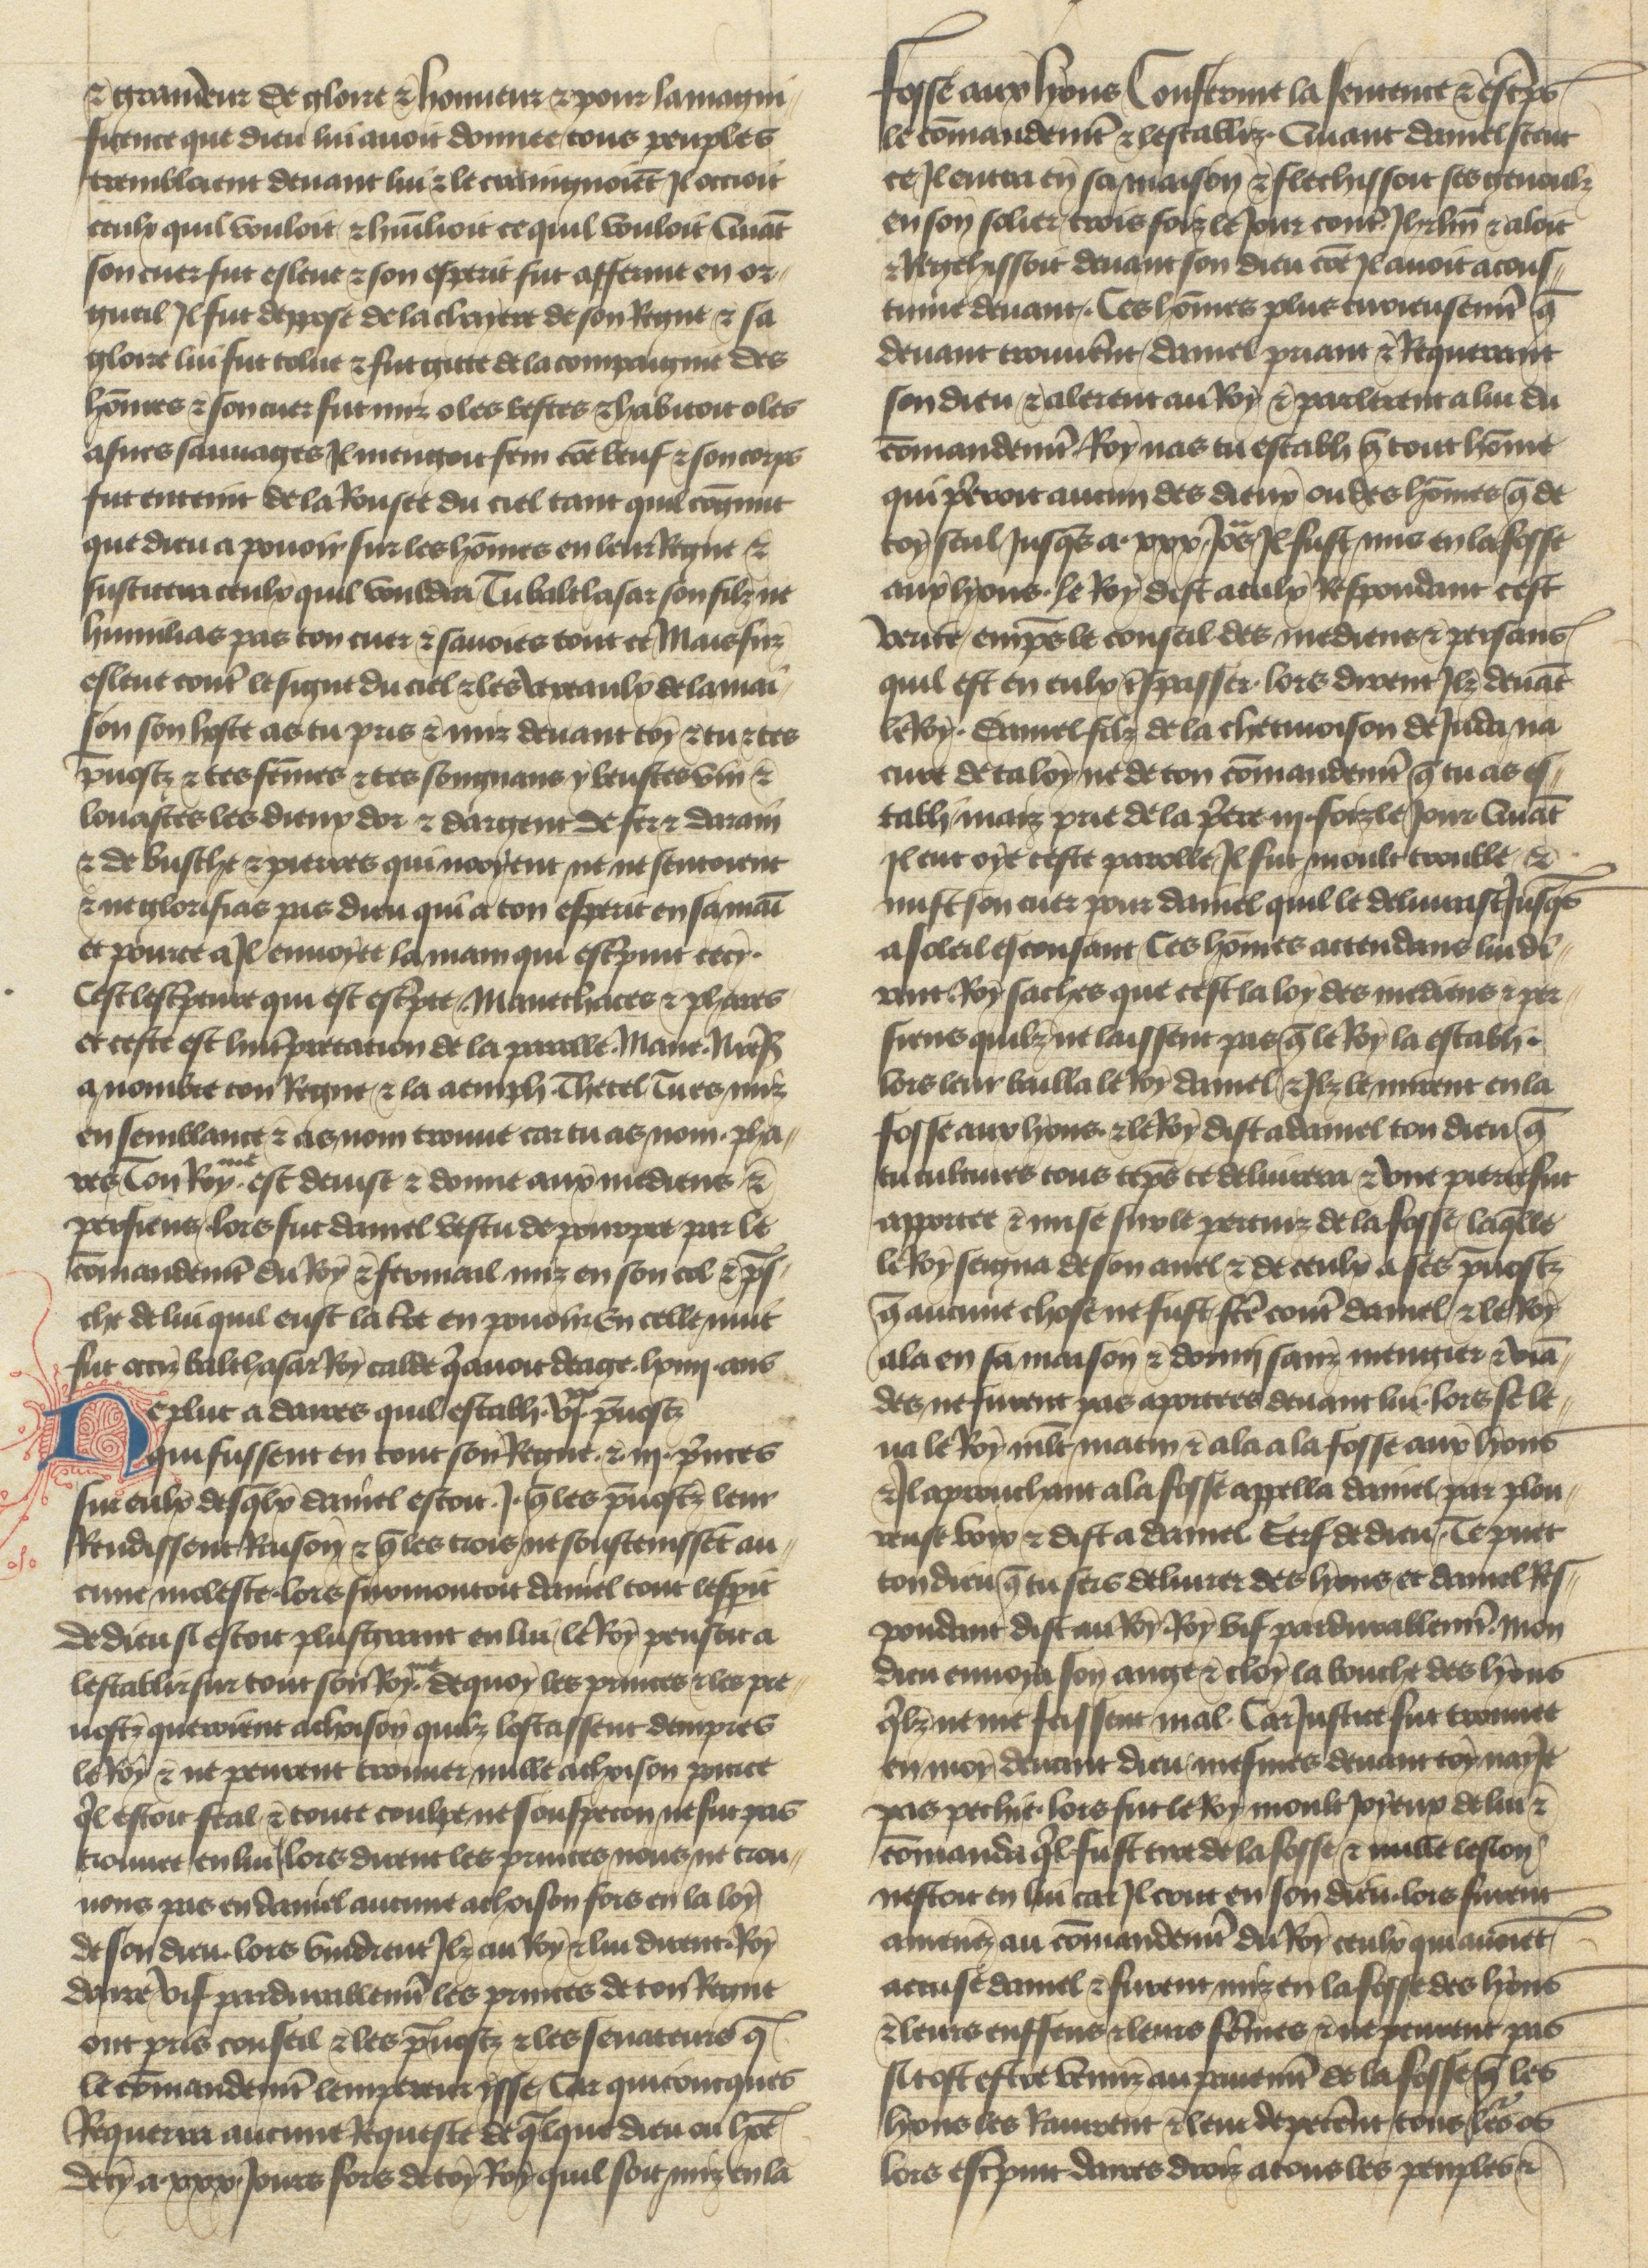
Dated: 1400–1450